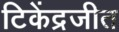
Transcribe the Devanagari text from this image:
टिकेंद्रजीत